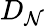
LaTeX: D_{\mathcal{N}}